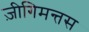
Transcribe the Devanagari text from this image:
ज़ीगिमन्तस